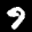
Label: 9